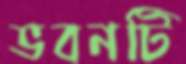
ভবনটি